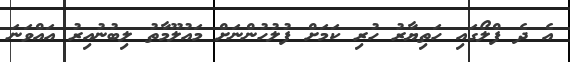
އެ ދެ ފްލޯގައި ހަތިޔާރު ހުރި ކަމަށް ފުލުހުންނަށް މައުލޫމާތު ލިބުނުއިރު އައްވަނަ